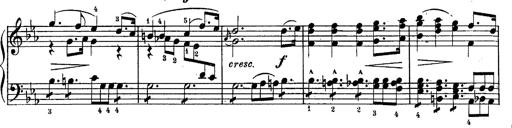
Title: Schubert's Impromptus [revised and edited by Franz Liszt]
Composer: Franz Liszt